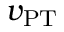
v _ { \mathrm { P T } }